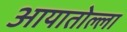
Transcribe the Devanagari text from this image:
आयातोल्ला